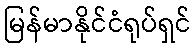
မြန်မာနိုင်ငံရုပ်ရှင်